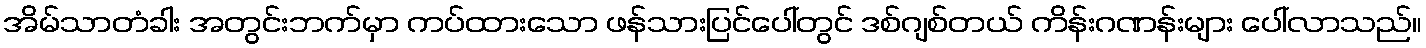
အိမ်သာတံခါး အတွင်းဘက်မှာ ကပ်ထားသော ဖန်သားပြင်ပေါ်တွင် ဒစ်ဂျစ်တယ် ကိန်းဂဏန်းများ ပေါ်လာသည်။